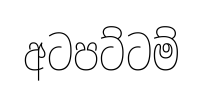
අටපට්ටම්